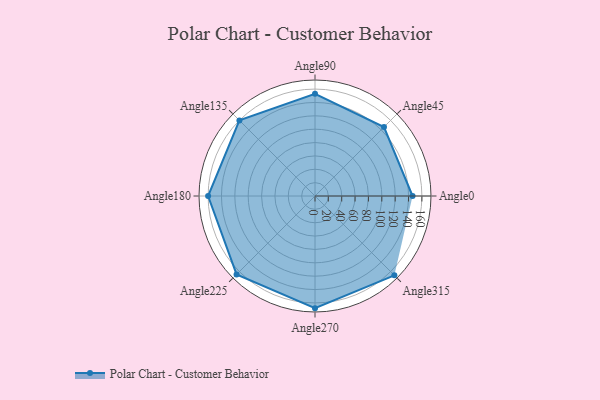
{"axis": {"x": "Angle", "y": "Radius"}, "legend": [""], "data": [{"x": "Angle0", "y": 146.0, "type": ""}, {"x": "Angle45", "y": 146.0, "type": ""}, {"x": "Angle90", "y": 153.0, "type": ""}, {"x": "Angle135", "y": 160.0, "type": ""}, {"x": "Angle180", "y": 160.0, "type": ""}, {"x": "Angle225", "y": 166.0, "type": ""}, {"x": "Angle270", "y": 168.0, "type": ""}, {"x": "Angle315", "y": 168.0, "type": ""}]}